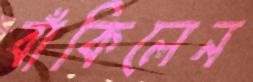
বাঁকিলেন